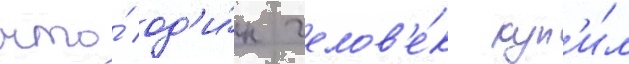
что́ од'и́н челов'е́к куп'и́л